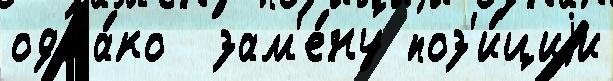
одна́ко  зам'е́ну поз'и́циjи